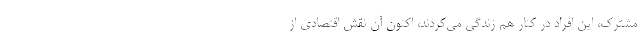
مشترک، این افراد در کنار هم زندگی می‌کردند، اکنون آن نقش اقتصادی از